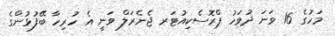
މަހުގެ 16 ވަނަ ދުވަހު ޕްރޮސެކިއުޓަރ ޖެނެރަލް ވަނީ އެ ހުރިހާ ބޭފުޅުންގެ